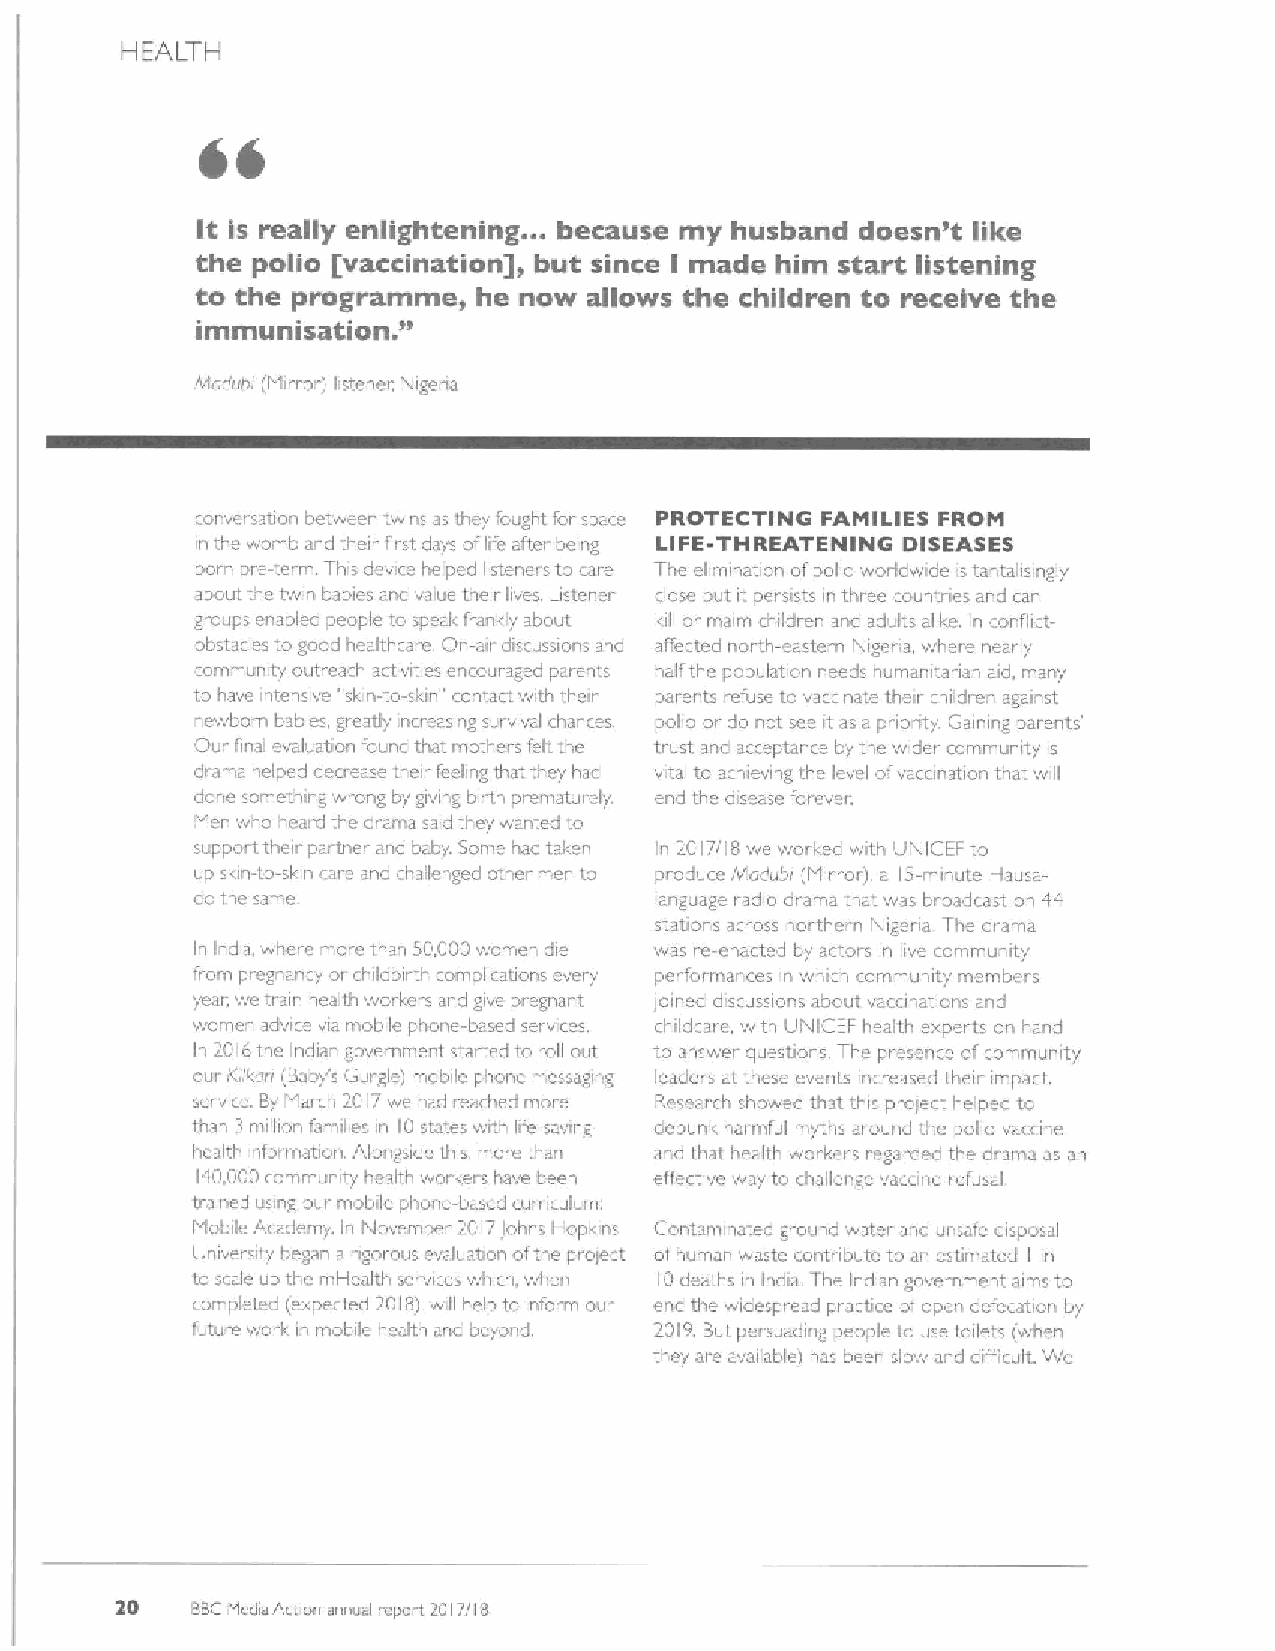
HEALTH
 44
 ..
 It is really enlightening. because my husband doesn't like
 the polio [vaccination], but since I made him start listening
 to the progr am "me, he now allows the children to receive the
 sation.
 immuni
 Maduix (I iirror) Istener, Nigena
 conversation between twins as they fought for space PROTECTING FAMILIES FROM
 in the womb and their first days oflife after being LIFE THREATENING DISEASES
 bom pre-term This device helped listeners ta care The elimination ofpolio worldwide is tantalisingly
 about the twin babies and value their lives. Listener close but it persists in three countries and can
 gzaups enabled people to speals frankly about kill or maim children and adult: alike. In conflict-
 obst,icles to goad healthcai c On-air discussions and affected noith-eastern Nigeria where
 nearly
 community outreach activities encoui aged parents half the population needs humanilanan aid, many
 to have intensive 'skin-to-skin ' contact with ther parents refuse to vaccinate their children against
 newborn babies greatly increasing survival chances. polio or do not sce it as a priority. Caining parents'
 Oui final evaluation found that mothers felt the trust and acceptan e by the wider «ammunity is
 di.arna helped derrease their feeling that they had vital ta achieving the level ofvaccination that will
 done something wrong by giving birth prematurely. end the disease forever.
 ien who heai.d the drama said they wanted to
 i
 suppart their partner and baby. Some had taken Ii. 2017/IB we worked with UNICEF to
 ~p skin-to-slcin —arc and challenged other men to produce Atadubi (Mirror). a 15-minute Hausa-
 do the same                   language radia drama that. was bi.oadrast on 44
 stations across northern Nigeria The drama
 In India, where mai ethan 50.000womer, die was re-enacted by actors in live community
 fram pregnancy or childbirth coinplications avery performances in which cammunity members
 year, we tr in he~1th worlcers and give pi-egnant loined discussions abaut vaccinations and
 women advice via rnoLile phone-based services. childcare, with UNICEF health experts on hand
 In 2016the Indian govemmei tstarted to roll out to answer questions The presenre at'community
 our Kilkari (Baby's Gurgle) mobile phone massaging leaders at these event increased their imp~et,
 serwce. By March 2017we had reached more Research shawed that this piolect helped to
 than 3 million families in 10states with life-saving debunk harmful myths aiound the polio vaccine
 health information. Alongside this. more than and that healtlz workers regarded the drama as an
 140.000community health workers have been effective way to challer ge vacone refusal
 trained using our mobile phone-based cuinculum
 Mabile Academy. In November 2017Johns Hopi'ins Contamiizated ground water and unsafe disposal
 L)niversity began a rigorous evaluat. on ofthe prolect ofhuman waste contnbute to an estimated in
 I
 to scale up the rnHealth services which, when 10deaths in India The Indian government aims to
 completed (expected 201B) will help to inform aui. erd the widespread practice ofope defecation by
 future work in mobile health and beyond. 2019 But persuading people to use toilets (when
 they are available) has been slow and difficult. We
 20   SBCI4ediaActian annual report 2017/18